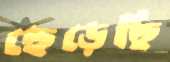
ছেড়েছি